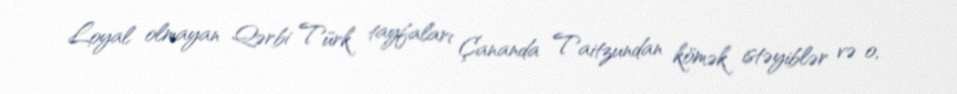
Loyal olmayan Qərbi Türk tayfaları Çananda Taitzundan kömək istəyiblər və o,